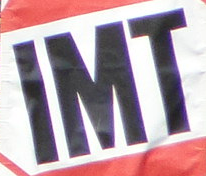
IMT